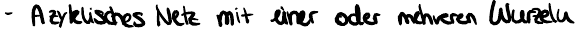
- Azyklisches Netz mit einer oder mehreren Wurzeln